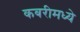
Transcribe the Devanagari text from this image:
कबरीमध्ये